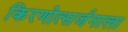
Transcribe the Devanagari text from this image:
किरणोत्सर्जनाला